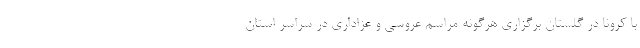
با کرونا در گلستان برگزاری هرگونه مراسم عروسی و عزاداری در سراسر استان